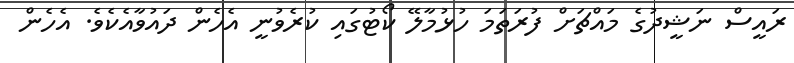
ރައީސް ނަޝީދުގެ މައްޗަށް ފުރަތަމަ ހުޅުމާލޭ ކޯޓުގައި ކުރެވުނީ އެހެން ދައުވާއެކެވެ. އެހެން